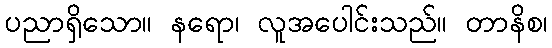
ပညာရှိသော။ နရော၊ လူအပေါင်းသည်။ တာနိစ၊